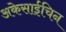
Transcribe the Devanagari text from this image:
अकेसाईचिन